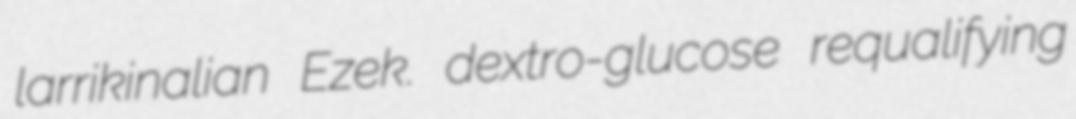
larrikinalian Ezek. dextro-glucose requalifying